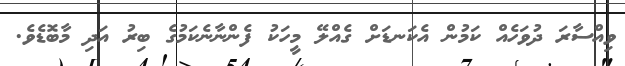
ވިއްސާރަ ދުވަހެއް ކަމުން އެކަނޑަށް ގެއްލޭ މީހަކު ފެންނާނެކަމުގެ ބިރު އަދި މާބޮޑެވެ.